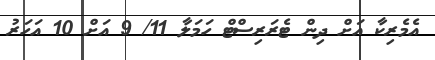
އެމެރިކާ އަށް ދިން ޓެރަރިސްޓް ހަމަލާ 11/ 9 އަށް 10 އަހަރު